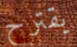
يقترح